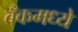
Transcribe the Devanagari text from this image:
बँकमध्ये